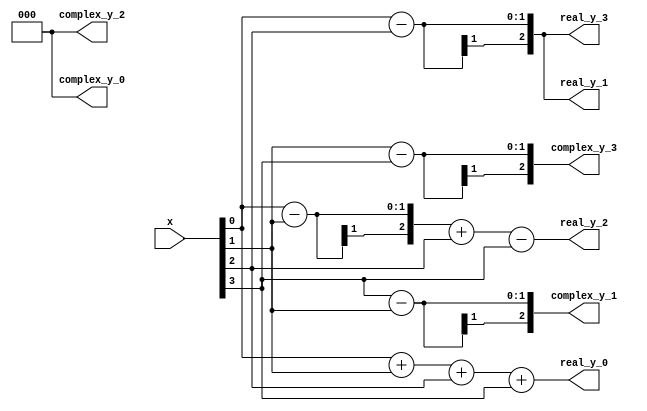
`timescale 1ns / 1ps
//////////////////////////////////////////////////////////////////////////////////
// Company: 
// Engineer: 
// 
// Design Name: 
// Module Name:    radix_4_fft 
// Project Name: 
// Target Devices: 
// Tool versions: 
// Description: 
//
// Dependencies: 
//
// Revision: 
// Revision 0.01 - File Created
// Additional Comments: 
//
//////////////////////////////////////////////////////////////////////////////////
module radix_4_fft(
input [3:0] x,
output  [2:0] real_y_0,
output  [2:0] real_y_1,
output  [2:0] real_y_2,
output  [2:0] real_y_3,
output  [2:0] complex_y_0,
output  [2:0] complex_y_1,
output  [2:0] complex_y_2,
output  [2:0] complex_y_3
);
	
assign real_y_0 = x[0]+x[1]+x[2]+x[3];
assign complex_y_0 = 0;
assign real_y_1 = x[0]-x[2];
assign complex_y_1 = x[3]-x[1];
assign real_y_2 = x[0]-x[1]+x[2]-x[3];
assign complex_y_2 = 0;
assign real_y_3 = x[0]-x[2];
assign complex_y_3 = x[1]-x[3];

endmodule